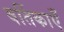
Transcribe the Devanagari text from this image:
वर्तिकाएँ